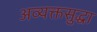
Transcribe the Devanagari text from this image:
अव्यक्तसुद्धा